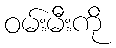
ဝမ်းမီးကို